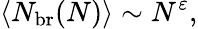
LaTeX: \langle N_{\mathrm{br}}(N)\rangle\sim N^{\varepsilon},